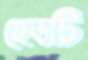
হেডটি